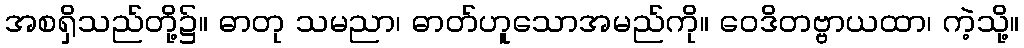
အစရှိသည်တို့၌။ ဓာတု သမညာ၊ ဓာတ်ဟူသောအမည်ကို။ ဝေဒိတဗ္ဗာယထာ၊ ကဲ့သို့။